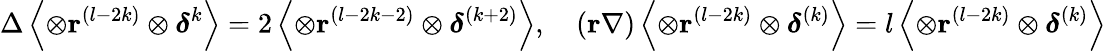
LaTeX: \Delta\left\langle\otimes\mathbf{r}^{(l-2k)}\otimes{\mathsf{\boldsymbol{\delta}}}^{k}\right\rangle=2\left\langle\otimes\mathbf{r}^{(l-2k-2)}\otimes{\mathsf{\boldsymbol{\delta}}}^{(k+2)}\right\rangle,\quad(\mathbf{r}\mathbf{\nabla})\left\langle\otimes\mathbf{r}^{(l-2k)}\otimes{\mathsf{\boldsymbol{\delta}}}^{(k)}\right\rangle=l\left\langle\otimes\mathbf{r}^{(l-2k)}\otimes{\mathsf{\boldsymbol{\delta}}}^{(k)}\right\rangle